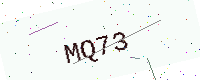
Text: MQ73